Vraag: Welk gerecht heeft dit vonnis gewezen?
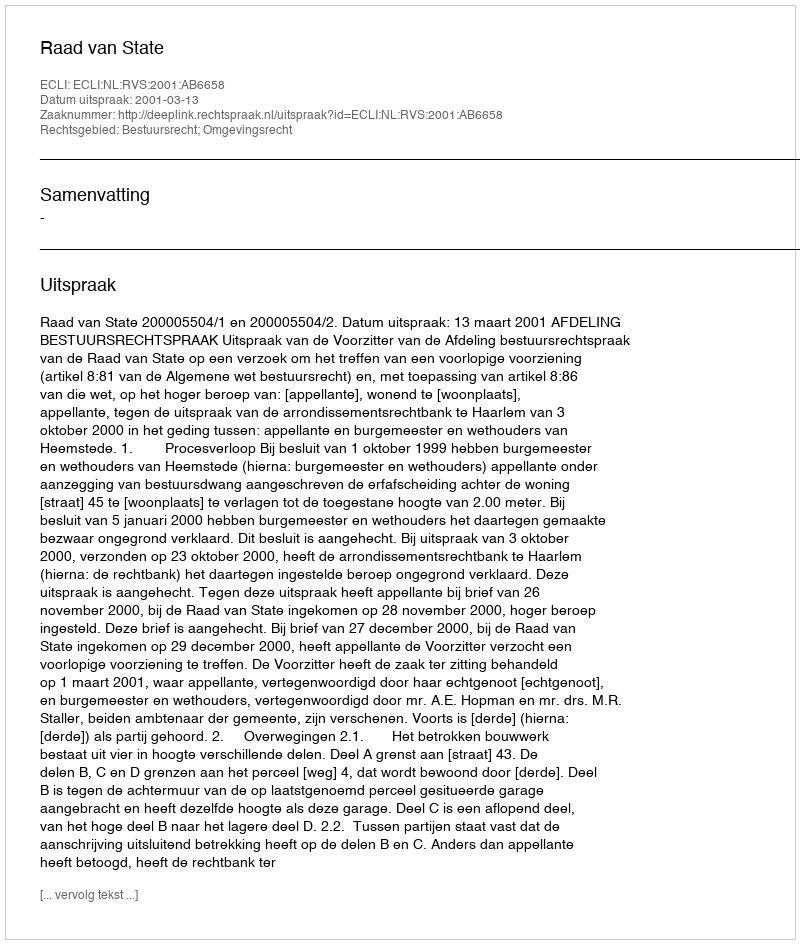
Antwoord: Raad van State